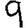
Digit: 9